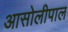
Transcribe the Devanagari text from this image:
आसोलीपाल